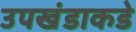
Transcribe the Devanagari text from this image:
उपखंडाकडे